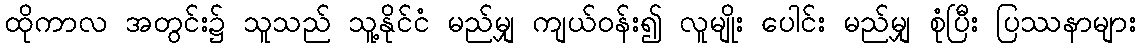
ထိုကာလ အတွင်း၌ သူသည် သူ့နိုင်ငံ မည်မျှ ကျယ်ဝန်း၍ လူမျိုး ပေါင်း မည်မျှ စုံပြီး ပြဿနာများ